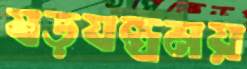
ষড়যন্ত্রময়